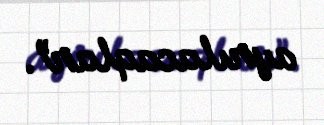
ayrılacaqlar”.